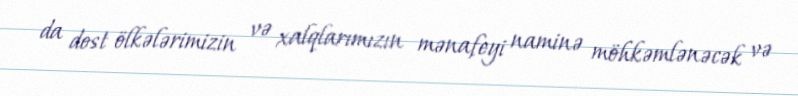
da dost ölkələrimizin və xalqlarımızın mənafeyi naminə möhkəmlənəcək və